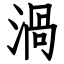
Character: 渦